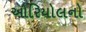
ઓરિયોલનો